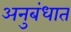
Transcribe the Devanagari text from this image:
अनुबंधात